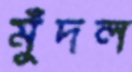
মুঁদল